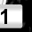
Digit: 1